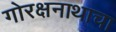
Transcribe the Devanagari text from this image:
गोरक्षनाथाचा